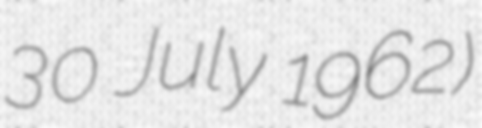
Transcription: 30 July 1962)